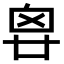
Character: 𠂺